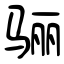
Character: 骊